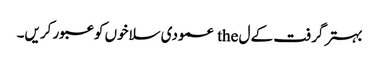
بہتر گرفت کے ل the عمودی سلاخوں کو عبور کریں۔